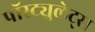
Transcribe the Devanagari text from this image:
पॉस्ट्युलेट्स